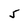
Character: 5